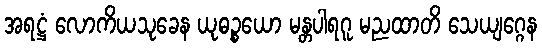
အရဋ္ဌံ လောကိယသုခေန ယုဓဉ္စယော မန္တပါရဂူ မညထာတိ သေယျဂ္ဂေန